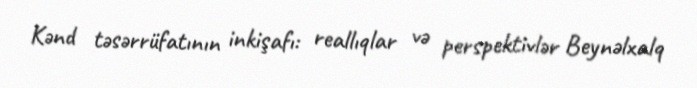
Kənd təsərrüfatının inkişafı: reallıqlar və perspektivlər Beynəlxalq